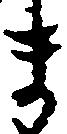
ま